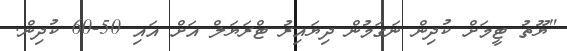
"ޔޫތު ޓީމަށް ކުދިން ނަގަމުން ދިޔައިރު ޓްރަޔަލް އަށް އައި 50-60 ކުދިން.